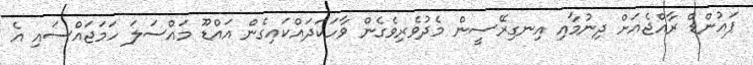
ޕައުންޑް ރާއްޖެއަށް ދިނުމާއި އިނގިރޭސީން މެދުވެރިވެގެން ވާހަކަދައްކައިގެން އައްޑޫ މައްސަލަ ހަމަޖައްސައި އެ